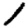
Digit: 1